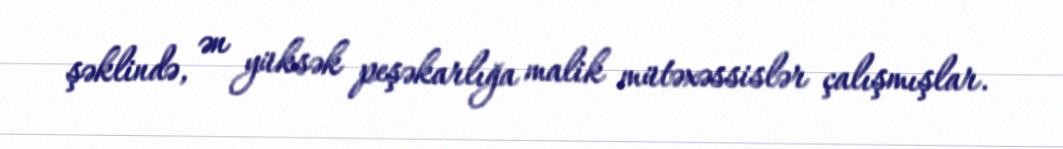
şəklində, ən yüksək peşəkarlığa malik mütəxəssislər çalışmışlar.